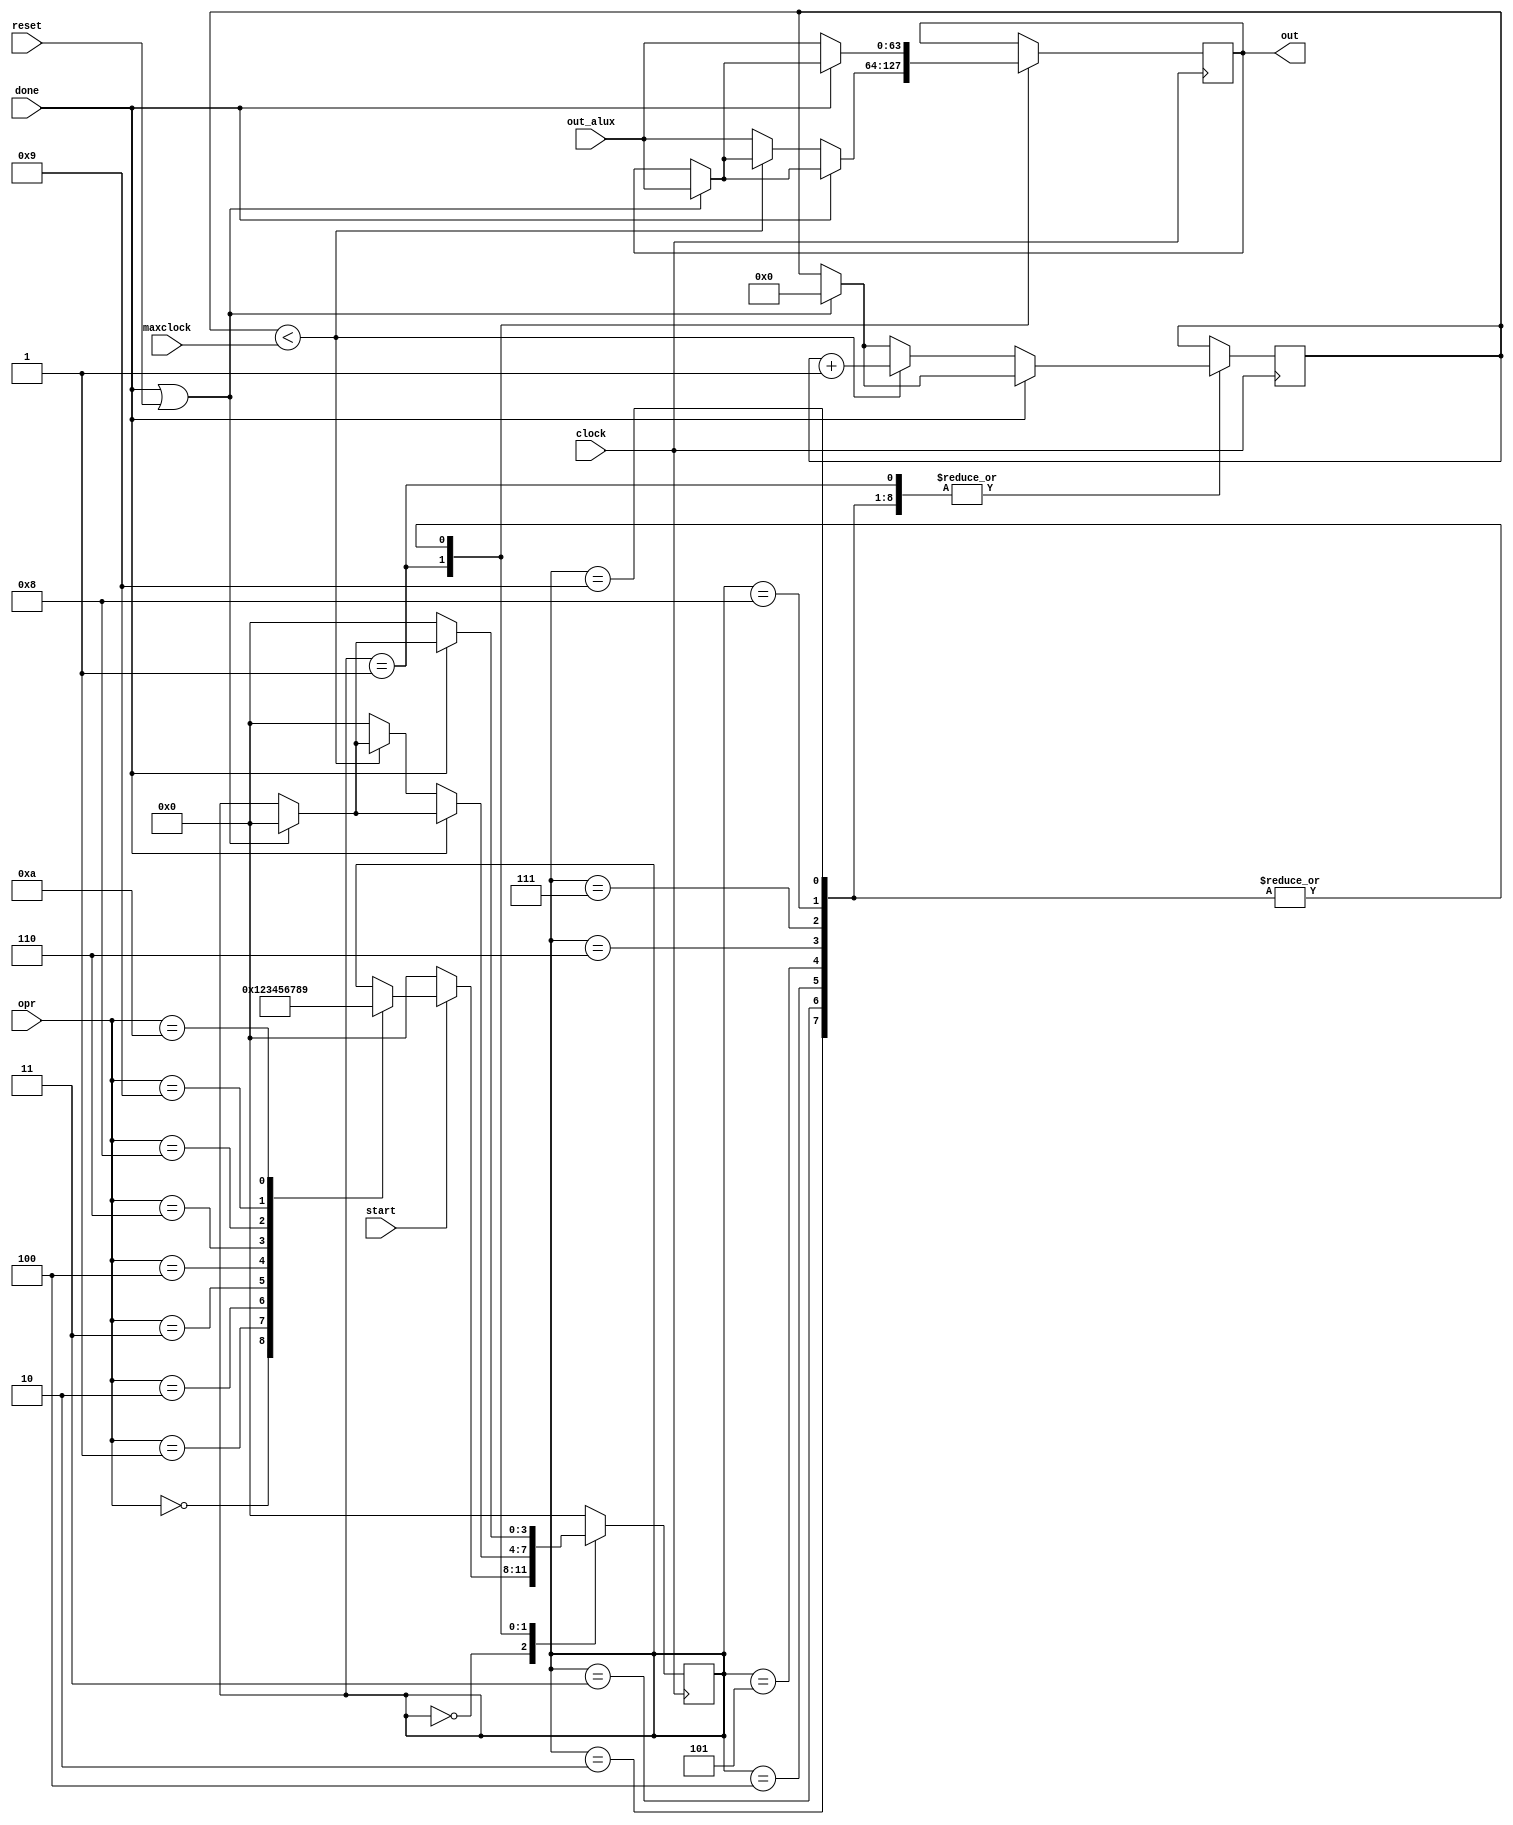
module controller(
				 input 			clock, 				// master clock rising edge 
				 input 			reset,
				 input [ 5:0] 	maxclock,
				 input [03:0] 	opr,
				 input 			done,
				 input 			start,
				 input [63:0] 	out_alux,
				 output [63:0]	out
				);

reg [3:0] 	state;
reg [63:0]	out_ram;
reg [ 5:0]	counter;	

//Symbolic state names
parameter S0 = 4'b0000;			// Initial state
parameter S1 = 4'b0001;			// A					
parameter S2 = 4'b0010;			// B					
parameter S3 = 4'b0011;			// sum			
parameter S4 = 4'b0100;			// sub	
parameter S5 = 4'b0101;			// complex multiplication
parameter S6 = 4'b0110;			// real multiplication
parameter S7 = 4'b0111;			// A == B
parameter S8 = 4'b1000;			// mod A
parameter S9 = 4'b1001;			// mod B

assign out = out_ram;

always @(posedge clock)
begin
	case ( state )
	S0: begin
		if( start )
		begin
			case( opr )
			4'b0000: state <= S1;
			4'b0001: state <= S2;
			4'b0010: state <= S3;
			4'b0011: state <= S4;
			4'b0100: state <= S5;
			4'b0110: state <= S6;
			4'b1000: state <= S7;
			4'b1001: state <= S8;
			4'b1010: state <= S9;
			endcase
		end 
		else
			state <= 4'b0000;
	end
	S1: begin 

		if ( done || reset ) 
		begin
			counter <= 0;
			out_ram <= out_alux;
			state <= S0;
		end

		if ( !done )
		begin
			if( counter < maxclock )
				counter <= counter + 1;
			else
			begin
				out_ram <= out_alux;
				state <= S0;
			end
		end
	end
		
	S2: begin 
		if ( done || reset ) 
		begin
			counter <= 0;
			out_ram <= out_alux;
			state <= S0;
		end

		if ( !done )
		begin
			if( counter < maxclock )
				counter <= counter + 1;
			begin
				out_ram <= out_alux;
				state <= S0;
			end
		end
	end
		
	S3: begin
		if ( done || reset ) 
		begin
			counter <= 0;
			out_ram <= out_alux;
			state <= S0;
		end

		if ( !done )
		begin
			if( counter < maxclock )
				counter <= counter + 1;
			begin
				out_ram <= out_alux;
				state <= S0;
			end
		end
	end

	S4: begin
		if ( done || reset ) 
		begin
			counter <= 0;
			out_ram <= out_alux;
			state <= S0;
		end

		if ( !done )
		begin
			if( counter < maxclock )
				counter <= counter + 1;
			begin
				out_ram <= out_alux;
				state <= S0;
			end
		end
	end

	S5: begin
		if ( done || reset ) 
		begin
			counter <= 0;
			out_ram <= out_alux;
			state <= S0;
		end

		if ( !done )
		begin
			if( counter < maxclock )
				counter <= counter + 1;
			begin
				out_ram <= out_alux;
				state <= S0;
			end
		end
	end

	S6: begin
		if ( done || reset ) 
		begin
			counter <= 0;
			out_ram <= out_alux;
			state <= S0;
		end

		if ( !done )
		begin
			if( counter < maxclock )
				counter <= counter + 1;
			begin
				out_ram <= out_alux;
				state <= S0;
			end
		end
	end

	S7: begin
		if ( done || reset ) 
		begin
			counter <= 0;
			out_ram <= out_alux;
			state <= S0;
		end

		if ( !done )
		begin
			if( counter < maxclock )
				counter <= counter + 1;
			begin
				out_ram <= out_alux;
				state <= S0;
			end
		end
	end

	S8: begin
		if ( done || reset ) 
		begin
			counter <= 0;
			out_ram <= out_alux;
			state <= S0;
		end

		if ( !done )
		begin
			if( counter < maxclock )
				counter <= counter + 1;
			begin
				out_ram <= out_alux;
				state <= S0;
			end
		end
	end

	S9: begin
		if ( done || reset ) 
		begin
			counter <= 0;
			out_ram <= out_alux;
			state <= S0;
		end
		
		if ( !done )
		begin
			if( counter < maxclock )
				counter <= counter + 1;
			begin
				out_ram <= out_alux;
				state <= S0;
			end
		end
	end

	default: state<= S0;
	endcase
end
	

					
endmodule